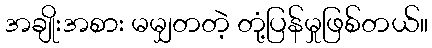
အချိုးအစား မမျှတတဲ့ တုံ့ပြန်မှုဖြစ်တယ်။